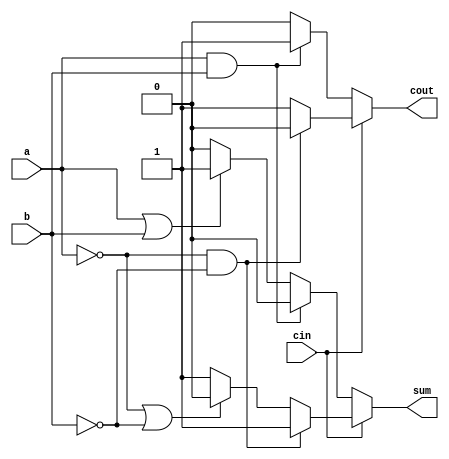
module full_adder_beh (sum, cout, cin, a, b) ;
	input cin, a, b ;
	output sum, cout ;
	reg sum, cout ;
	
	always @(cin or a or b)
		if (cin == 0)
			begin
			cout = 0 ;
			
			if (a == 1 || b == 1)
				begin
				sum = 1 ;
				end
			else
				begin
				sum = 0 ;
				end
				
			if (a == 1 && b == 1)
				begin
				sum = 0 ;
				cout = 1 ;
				end
				
			end
		else
			begin
			cout = 1 ;
			
			if (a == 0 || b == 0)
				begin
				sum = 0 ;
				end
			else
				begin
				sum = 1 ;
				end
			
			if (a == 0 && b == 0)
				begin
				sum = 1 ;
				cout = 0 ;
				end
				
			end
endmodule

module testbench ;
	reg cin, a, b ;
	wire sum, cout ;
	
	full_adder_beh fa (sum, cout, cin, a, b) ;
	
	initial
		begin
		$monitor (, $time, "cin = %b | a = %b | b = %b | sum = %b | cout = %b" , cin, a, b, sum, cout) ;
		#0 cin = 1'b0 ; a = 1'b0 ; b = 1'b0 ;
		#1 cin = 1'b0 ; a = 1'b0 ; b = 1'b1 ;
		#1 cin = 1'b0 ; a = 1'b1 ; b = 1'b0 ;
		#1 cin = 1'b0 ; a = 1'b1 ; b = 1'b1 ;
		#1 cin = 1'b1 ; a = 1'b0 ; b = 1'b0 ;
		#1 cin = 1'b1 ; a = 1'b0 ; b = 1'b1 ;
		#1 cin = 1'b1 ; a = 1'b1 ; b = 1'b0 ;
		#1 cin = 1'b1 ; a = 1'b1 ; b = 1'b1 ;
		$finish ;
		end
endmodule